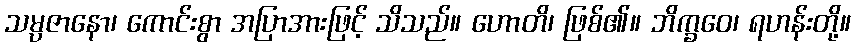
သမ္ပဇာနော၊ ကောင်းစွာ အပြာအားဖြင့် သိသည်။ ဟောတိ၊ ဖြစ်၏။ ဘိက္ခဝေ၊ ရဟန်းတို့။